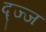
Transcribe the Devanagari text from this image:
द्ज्ज